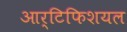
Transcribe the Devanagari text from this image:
आर्टिफिशयल